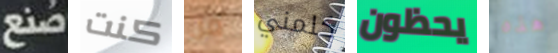
صنع كنت من كلمني يحظون هذه